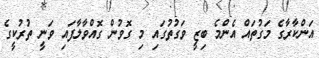
އަންކާރާގެ މަގުތައް އެންމެ ބިޒީ ވަގުތުގައި މި ގޮވުން ގޮއްވާލާފައި ވަނީ ތުރުކީގެ